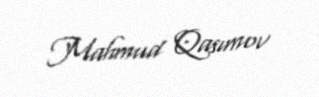
Mahmud Qasımov